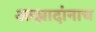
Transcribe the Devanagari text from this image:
आझादांनाच